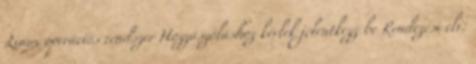
Linux operációs rendszer Hozzászóláshoz kérlek jelentkezz be Rendezési elv: